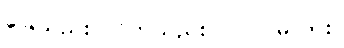
ခြေသည်း လက်သည်း ပြုပြင်မလား။